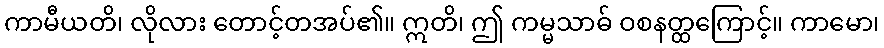
ကာမီယတိ၊ လိုလား တောင့်တအပ်၏။ ဣတိ၊ ဤ ကမ္မသာဓ် ဝစနတ္ထကြောင့်။ ကာမော၊